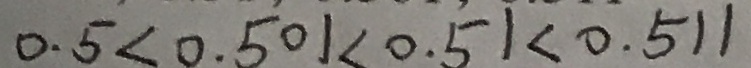
0 . 5 < 0 . 5 0 1 < 0 . 5 1 < 0 . 5 1 1